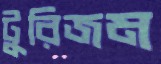
টুরিজম